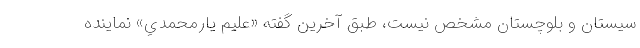
سيستان و بلوچستان مشخص نيست، طبق آخرين گفته «عليم يارمحمدي» نماينده